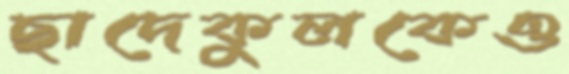
ছাদেকুলকেও